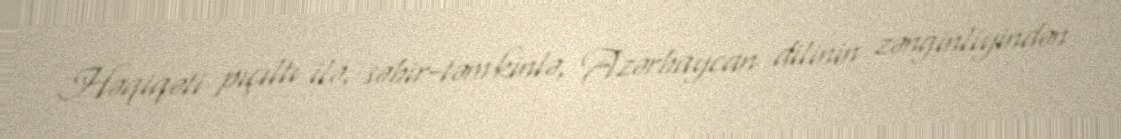
Həqiqəti pıçıltı ilə, səbir-təmkinlə, Azərbaycan dilinin zənginliyindən